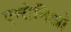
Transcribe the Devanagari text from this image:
एन्टेनिओ